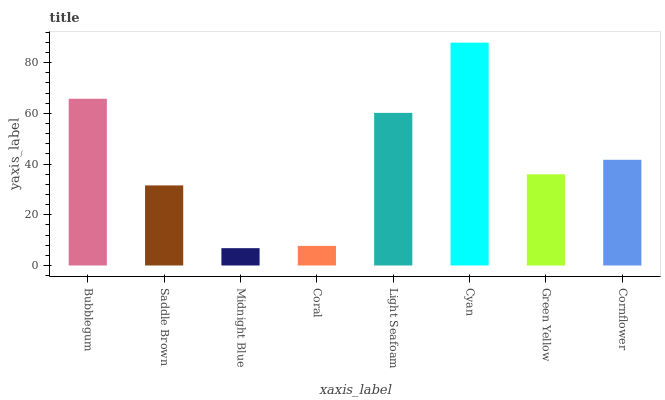
| xaxis_label | bars |
 | --- | --- |
 | Bubblegum | 65.8 |
 | Saddle Brown | 31.6 |
 | Midnight Blue | 6.83 |
 | Coral | 7.73 |
 | Light Seafoam | 60.2 |
 | Cyan | 87.9 |
 | Green Yellow | 36 |
 | Cornflower | 41.7 |